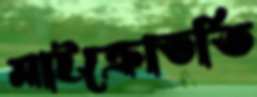
মাইক্রোভর্তি